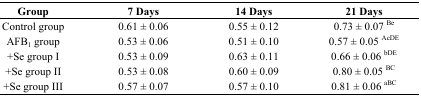
| Group | 7 Days | 14 Days | 21 Days |
 | --- | --- | --- | --- |
 | Control group | 0.61 ± 0.06 | 0.55 ± 0.12 | 0.73 ± 0.07 Be |
 | AFB1 group | 0.53 ± 0.06 | 0.51 ± 0.10 | 0.57 ± 0.05 AcDE |
 | +Se group I | 0.53 ± 0.09 | 0.63 ± 0.11 | 0.66 ± 0.06 bDE |
 | +Se group II | 0.53 ± 0.08 | 0.60 ± 0.09 | 0.80 ± 0.05 BC |
 | +Se group III | 0.57 ± 0.07 | 0.57 ± 0.10 | 0.81 ± 0.06 aBC |